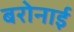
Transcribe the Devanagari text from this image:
बरोनाई